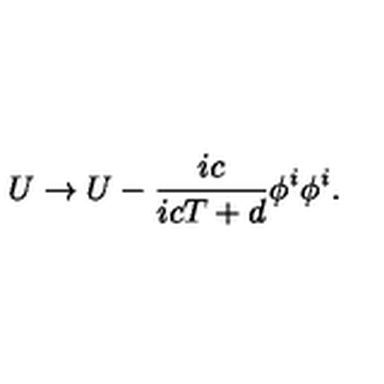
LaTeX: U \rightarrow U - { \frac { i c } { i c T + d } } { \phi ^ { i } \phi ^ { i } } .